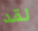
لقد